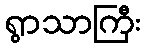
ရွာသာကြီး